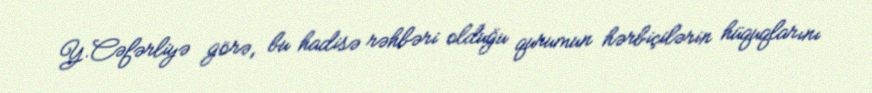
Y.Cəfərliyə görə, bu hadisə rəhbəri olduğu qurumun hərbiçilərin hüquqlarını